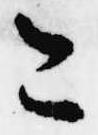
こ